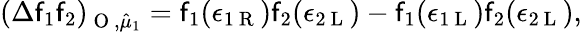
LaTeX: (\Delta\mathsf{f}_{1}\mathsf{f}_{2})_{\mathrm{{~O~}},\hat{{\mu}}_{1}}=\mathsf{f}_{1}(\epsilon_{1\mathrm{{~R~}}})\mathsf{f}_{2}(\epsilon_{2\mathrm{{~L~}}})-\mathsf{f}_{1}(\epsilon_{1\mathrm{{~L~}}})\mathsf{f}_{2}(\epsilon_{2\mathrm{{~L~}}}),